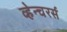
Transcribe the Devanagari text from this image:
व्हेन्चरर्स